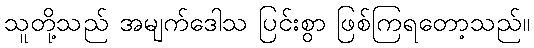
သူတို့သည် အမျက်ဒေါသ ပြင်းစွာ ဖြစ်ကြရတော့သည်။